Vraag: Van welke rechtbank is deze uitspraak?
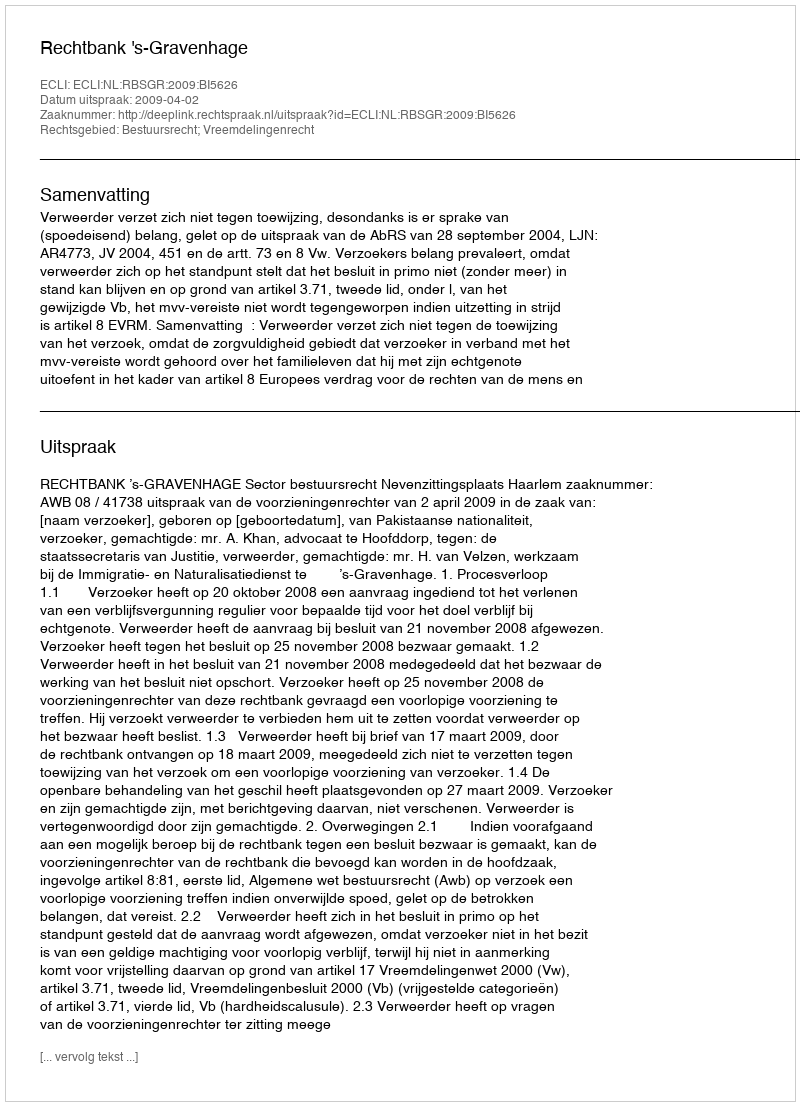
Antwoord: Rechtbank 's-Gravenhage